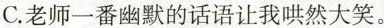
C.老师一番幽默的话语让我哄然大笑。